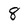
Character: 8